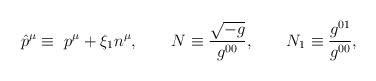
LaTeX: \begin{align*}\hat p^\mu\equiv\ p^\mu+\xi_1 n^\mu, \qquad N\equiv\frac{\sqrt{-g}}{g^{00}}, \qquad N_1\equiv\frac{g^{01}}{g^{00}},\end{align*}